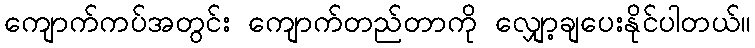
ကျောက်ကပ်အတွင်း ကျောက်တည်တာကို လျှော့ချပေးနိုင်ပါတယ်။